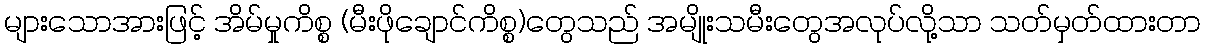
များသောအားဖြင့် အိမ်မှုကိစ္စ (မီးဖိုချောင်ကိစ္စ)တွေသည် အမျိုးသမီးတွေအလုပ်လို့သာ သတ်မှတ်ထားတာ